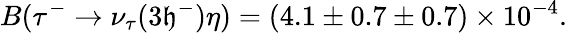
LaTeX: B(\tau^{-}\rightarrow\nu_{\tau}(3\mathfrak{h}^{-})\eta)=(4.1\pm0.7\pm0.7)\times10^{-4}.